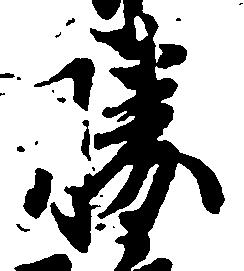
勝